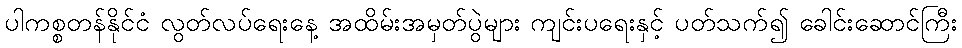
ပါကစ္စတန်နိုင်ငံ လွတ်လပ်ရေးနေ့ အထိမ်းအမှတ်ပွဲများ ကျင်းပရေးနှင့် ပတ်သက်၍ ခေါင်းဆောင်ကြီး